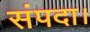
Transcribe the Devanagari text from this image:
संपदा।